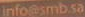
info@smb.sa